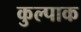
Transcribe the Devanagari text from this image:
कुल्पाक